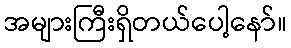
အများကြီးရှိတယ်ပေါ့နော်။